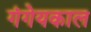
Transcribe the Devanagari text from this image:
गंगेयकाल